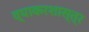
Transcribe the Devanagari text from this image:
व्याकरशास्त्र